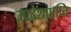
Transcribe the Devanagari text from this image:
उपदेशप्राप्ति